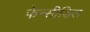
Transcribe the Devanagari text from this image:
फेन्सीडिल